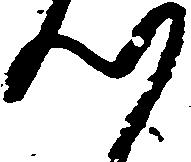
つ